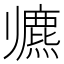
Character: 𱍶